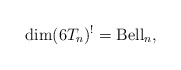
\begin{gather*}\dim (6T_n)^{!}={\rm Bell}_n,\end{gather*}